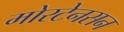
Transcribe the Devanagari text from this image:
मोरटेनसन